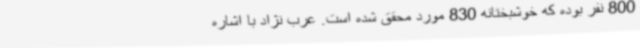
800 نفر بوده که خوشبختانه 830 مورد محقق شده است. عرب نژاد با اشاره